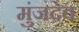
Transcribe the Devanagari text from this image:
मुंजदेव